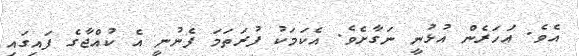
އެވެ. އަހަރެން އުޅުނީ ނަގާށެވެ. އެކަމަކު ފުރަތަމަ ފެނުނީ އެ ކުއްޖާގެ ފައިގައި